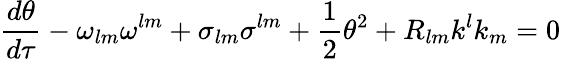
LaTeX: \frac{d\theta}{d\tau}-\omega_{lm}\omega^{lm}+\sigma_{lm}\sigma^{lm}+\frac{1}{2}\theta^{2}+R_{lm}k^{l}k_{m}=0